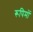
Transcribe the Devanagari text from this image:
रूपिमों